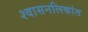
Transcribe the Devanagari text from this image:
श्‍वासनलिकांत